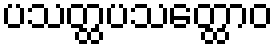
ပသတ္ထပသတ္ထောဝ